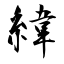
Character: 緯